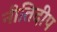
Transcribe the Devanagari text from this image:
नीतिदीप